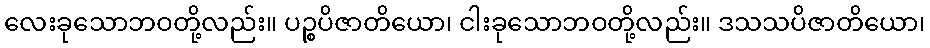
လေးခုသောဘဝတို့လည်း။ ပဉ္စပိဇာတိယော၊ ငါးခုသောဘဝတို့လည်း။ ဒသသပိဇာတိယော၊